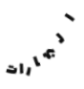
البهارات